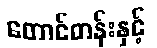
တောင်တန်းနှင့်